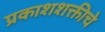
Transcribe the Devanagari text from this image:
प्रकाशशक्तीचे